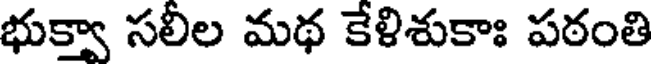
భుక్వా సలీల మథ కేళిశుకాః పఠంతి